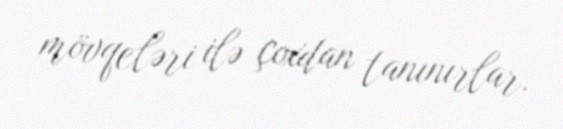
mövqeləri ilə çoxdan tanınırlar.